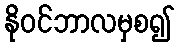
နိုဝင်ဘာလမှစ၍